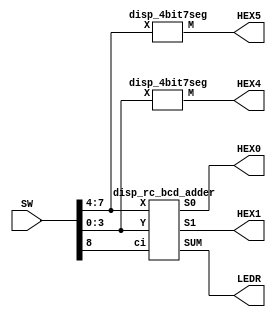
module part4(SW, LEDR, HEX5, HEX4, HEX1, HEX0);
    input [8:0] SW;
    output [4:0] LEDR;
    output [6:0] HEX5, HEX4, HEX1, HEX0;

    disp_rc_bcd_adder J0(SW[7:4], SW[3:0], SW[8], HEX1, HEX0, LEDR[4:0]);

    disp_4bit7seg K0(SW[7:4], HEX5);
    disp_4bit7seg K1(SW[3:0], HEX4);

endmodule

module disp_rc_bcd_adder(X, Y, ci, S1, S0, SUM);
    input [3:0] X, Y;
    input ci;
    output [6:0] S1, S0;
    output [4:0] SUM;

    wire z;
    wire [3:0] CONV4, Z, MUX1, CONV5, MUX2;

    rc_4bit_adder B0(X, Y, ci, SUM[4], SUM[3:0]);

    comparator C0(SUM[3:0], z);
    assign Z[3:1] = 3'b000;
    assign Z[0] = z | SUM[4];

    converter_4bit D0(SUM[3:0], CONV4);

    mux_4bit_2to1 E0(z, SUM[3:0], CONV4, MUX1);

    converter_5bit F0(SUM[3:0], CONV5);

    mux_4bit_2to1 G0(SUM[4], MUX1, CONV5, MUX2);

    disp_4bit7seg H0(Z, S1);
    disp_4bit7seg H1(MUX2, S0);

endmodule


module rc_4bit_adder(A, B, ci, co, S);
    input [3:0] A, B;
    input ci;
    output co;
    output [3:0] S;

    wire [2:0] W;

    full_adder A0(A[0], B[0], ci, W[0], S[0]);
    full_adder A1(A[1], B[1], W[0], W[1], S[1]);
    full_adder A2(A[2], B[2], W[1], W[2], S[2]);
    full_adder A3(A[3], B[3], W[2], co, S[3]);

endmodule // Add 4 full adders to create a 4 bit ripple carry adder.


module full_adder(a, b, ci, co, s);
    input a, b, ci;
    output co, s;

    assign co = (b&ci) | (a&ci) | (b&a);
    assign s = (b&~a&~ci) | (~b&~a&ci) | (b&a&ci) | (~b&a&~ci);

    // assign s = ~(~(a|b) | ci);
    
    // mux_2to1 U0(~(a|b), b, ci, co);

endmodule // Add 2 bits and a carry in.


module comparator(V, z);
    input [3:0] V;
    output z;

    assign z = (V[3]&V[1]) | (V[3]&V[2]&~V[1]);

endmodule // Display the 10 decimal place from 4 bit input.


module converter_4bit(V, A);
    input [3:0] V;
    output [3:0] A;

    assign A[3] = 1'b0;
    assign A[2] = V[3]&V[2]&V[1];
    assign A[1] = V[3]&V[2]&~V[1];
    assign A[0] = (V[3]&V[2]&V[0]) | (V[3]&V[1]&V[0]);

endmodule // Convert V into the 1 decimal place bit representation.


module mux_4bit_2to1(s, U, V, M);
    input s;
    input [3:0] U, V;
    output [3:0] M;

    mux_2to1 U0 (s, U[3], V[3], M[3]);
    mux_2to1 U1 (s, U[2], V[2], M[2]);
    mux_2to1 U2 (s, U[1], V[1], M[1]);
    mux_2to1 U3 (s, U[0], V[0], M[0]);

endmodule // Form a 4 bit multiplexer by adding 2 to 1 multiplexers.


module mux_2to1(s, u, v, m);
    input s, u, v;
    output m;
    
    assign m = (~s&u) | (s&v);

endmodule // 2 to 1 multiplexer.


module converter_5bit(V, B);
    input [3:0] V;
    output [3:0] B;

    assign B[3] = V[2] | V[1];
    assign B[2] = ~V[2]&~V[1];
    assign B[1] = ~V[1];
    assign B[0] = V[0];

endmodule


module disp_4bit7seg(X, M);

    input [3:0] X;
    output [6:0] M;

    assign M[0] = (~X[3]&~X[2]&~X[1]&X[0]) | (X[2]&~X[1]&~X[0]);
    assign M[1] = (X[2]&~X[1]&X[0]) | (X[2]&X[1]&~X[0]);
    assign M[2] = ~X[3]&~X[2]&X[1]&~X[0];
    assign M[3] = (X[2]&~X[1]&~X[0]) | (~X[3]&~X[2]&~X[1]&X[0]) | (X[2]&X[1]&X[0]);
    assign M[4] = X[0] | (X[2]&~X[1]&~X[0]);
    assign M[5] = (~X[2]&X[1]) | (X[2]&X[1]&X[0]) | (~X[3]&~X[2]&~X[1]&X[0]);
    assign M[6] = (~X[3]&~X[2]&~X[1]) | (X[2]&X[1]&X[0]);

endmodule // Given a 4 bit input, display the corresponding value on a 7-segment display.